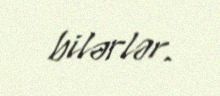
bilərlər.